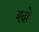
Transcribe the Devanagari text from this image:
यदो